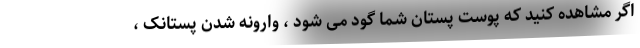
اگر مشاهده کنید که پوست پستان شما گود می شود ، وارونه شدن پستانک ،